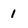
Character: 1